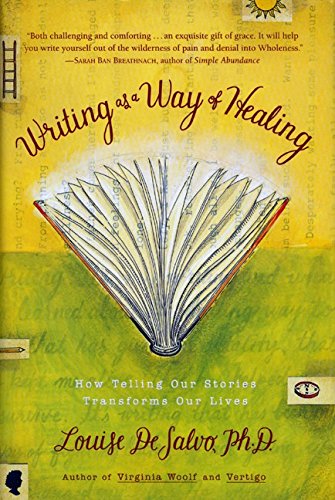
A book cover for Writing as a Way of Healing: How Telling Our Stories Transforms Our Lives; Louise DeSalvo; Self-Help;